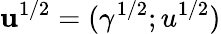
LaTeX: \mathbf{u}^{1/2}=(\gamma^{1/2};u^{1/2})